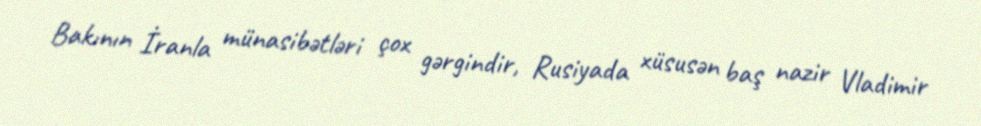
Bakının İranla münasibətləri çox gərgindir, Rusiyada xüsusən baş nazir Vladimir